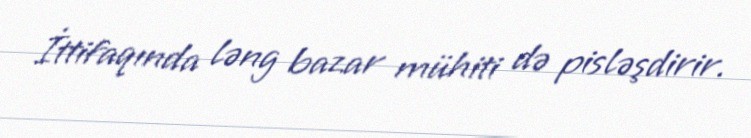
İttifaqında ləng bazar mühiti də pisləşdirir.